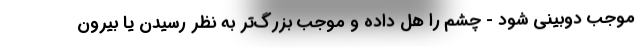
موجب دوبینی شود - چشم را هل داده و موجب بزرگ‌تر به نظر رسیدن یا بیرون